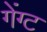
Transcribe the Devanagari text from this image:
गेंग्ट